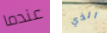
عندما الذي